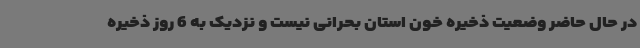
در حال حاضر وضعیت ذخیره خون استان بحرانی نیست و نزدیک به 6 روز ذخیره